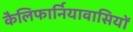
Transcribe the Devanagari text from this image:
कैलिफार्नियावासियों